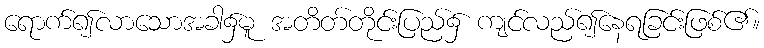
ရောက်၍လာသောအခါ၌မူ အတိတ်တိုင်းပြည်၌ ကျင်လည်၍နေရခြင်းဖြစ်၏။